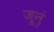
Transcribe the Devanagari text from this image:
जूनृं